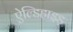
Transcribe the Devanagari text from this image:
ऐल्डिहाइड़